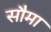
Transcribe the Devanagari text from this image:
सौमा